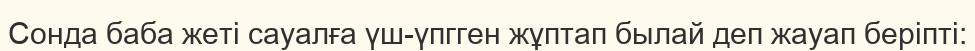
Сонда баба жеті сауалға үш-үпгген жұптап былай деп жауап беріпті: